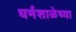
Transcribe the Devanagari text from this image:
धर्मशाळेच्या